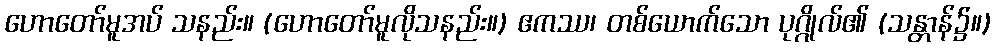
ဟောတော်မူအပ် သနည်း။ (ဟောတော်မူလိုသနည်း။) ဧကဿ၊ တစ်ယောက်သော ပုဂ္ဂိုလ်၏ (သန္တာန်၌။)